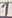
Text: 1